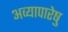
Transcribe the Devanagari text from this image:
अव्यापारेषु